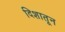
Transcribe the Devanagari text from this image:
दिशातून